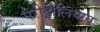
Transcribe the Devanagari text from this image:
पेरीहीलियान